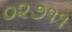
૦૨૭૧૧